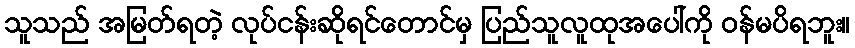
သူသည် အမြတ်ရတဲ့ လုပ်ငန်းဆိုရင်တောင်မှ ပြည်သူလူထုအပေါ်ကို ဝန်မပိရဘူး။